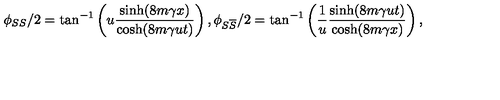
\phi _ { S S } / 2 = \tan ^ { - 1 } \left( u \frac { \sinh ( 8 m \gamma x ) } { \cosh ( 8 m \gamma u t ) } \right) , \phi _ { S \overline { { S } } } / 2 = \tan ^ { - 1 } \left( \frac { 1 } { u } \frac { \sinh ( 8 m \gamma u t ) } { \cosh ( 8 m \gamma x ) } \right) ,